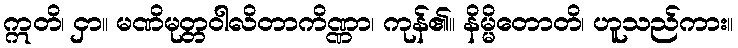
ဣတိ၊ ငှာ။ မဏိမုတ္တဝါလိတာကိဏ္ဏာ၊ ကုန်၏။ နိမ္မိတောတိ၊ ဟူသည်ကား။